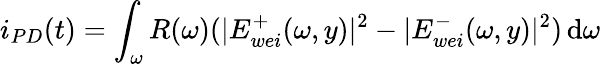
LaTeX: i_{PD}(t)=\int_{\omega}R(\omega)(|E_{wei}^{+}(\omega,y)|^{2}-|E_{wei}^{-}(\omega,y)|^{2})\, \mathrm{d}\omega